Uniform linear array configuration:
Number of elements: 48
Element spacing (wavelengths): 1
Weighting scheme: hamming
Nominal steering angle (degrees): -60
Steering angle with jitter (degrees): -60.018
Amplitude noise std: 0.05
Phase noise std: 0.05

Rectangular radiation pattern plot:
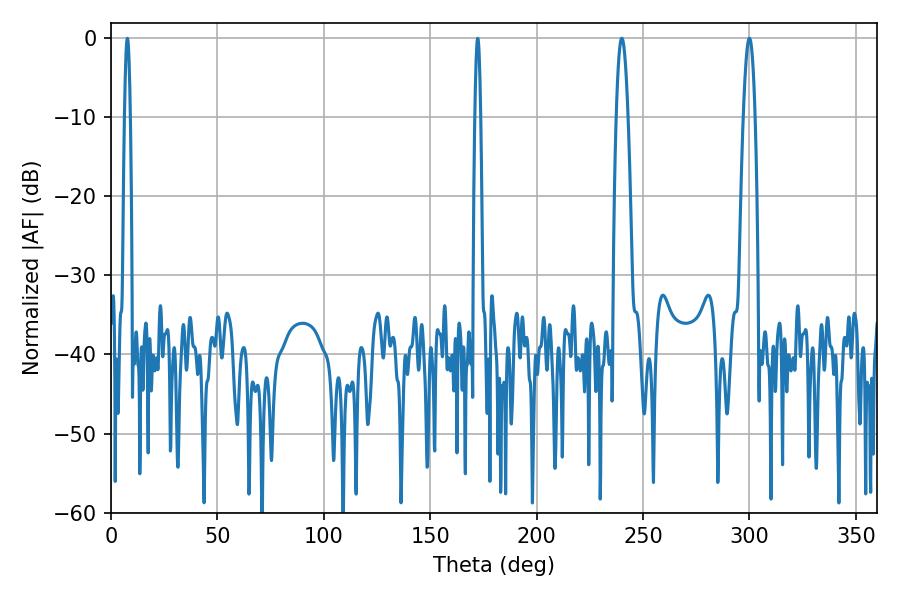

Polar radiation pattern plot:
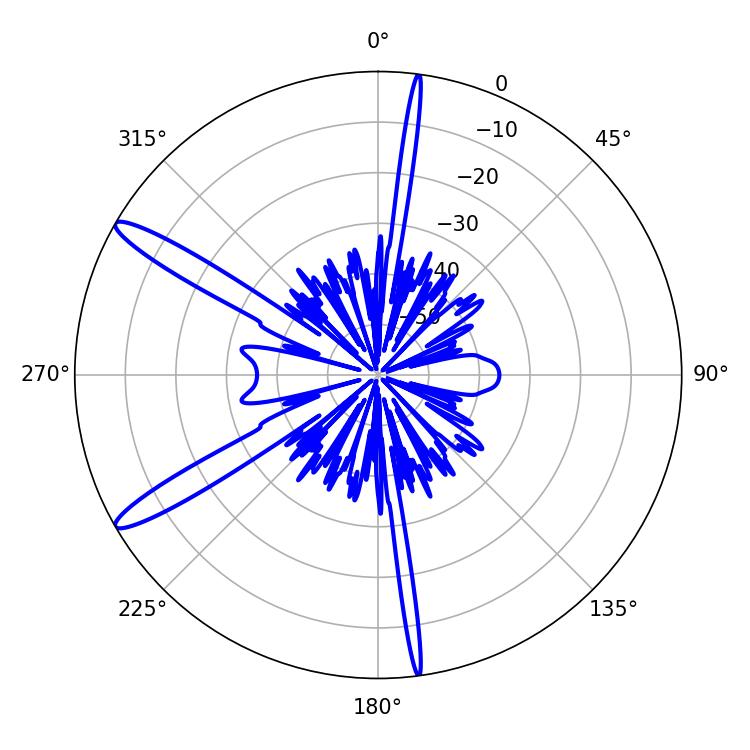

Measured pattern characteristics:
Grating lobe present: TRUE
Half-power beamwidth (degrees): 3.06
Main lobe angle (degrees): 239.94